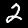
Digit: 2